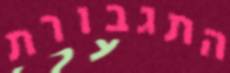
התגבורת